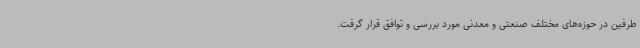
طرفین در حوزه‌های مختلف صنعتی و معدنی مورد بررسی و توافق قرار گرفت.